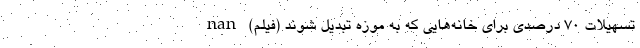
تسهیلات ۷۰ درصدی برای خانه‌هایی که به موزه تبدیل شوند (فیلم) nan